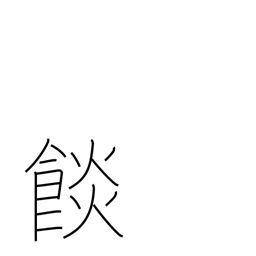
Meaning: food baked in dough